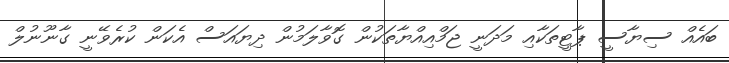
ބައެއް ސިޔާސީ ޕާޓީތަކާއި މަދަނީ ޖަމްއިއްޔާތަކުން ގޮވާލަމުން ދިޔައަސް އެކަން ކުރެވޭނީ ގާނޫނުލް